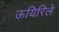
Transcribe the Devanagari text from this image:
ऊयिरिले